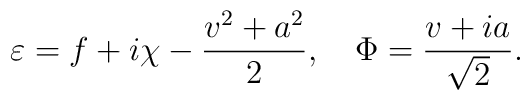
\varepsilon= f+ i\chi -\frac{v^2+a^2}{2},\quad\Phi=\frac{v+ia}{\sqrt{2}}.